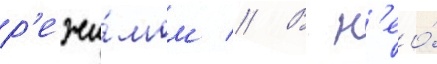
р'ежи́мом // В н'ео́